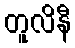
တူလိနီ